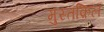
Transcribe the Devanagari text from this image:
मुस्तक़िल